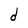
Character: d